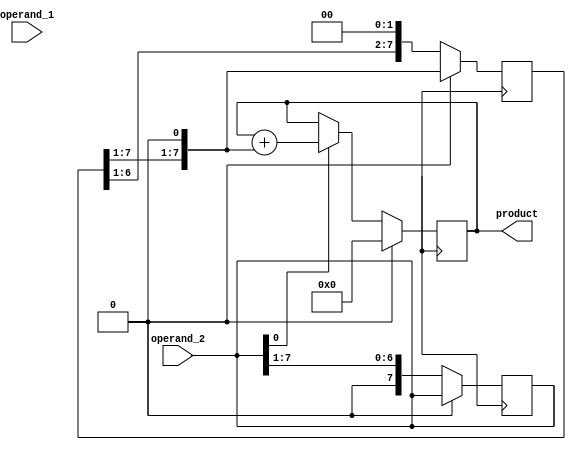
module shift_and_add_multiplier(
    input [7:0] operand_1,
    input [7:0] operand_2,
    output reg [15:0] product
);

reg [15:0] accumulator;
reg [7:0] shifted_operand_1;

always @(*) begin
    shifted_operand_1 = operand_1 << 1; // shift operand_1 by 1 bit
end

always @(posedge clk) begin
    if (reset) begin
        accumulator <= 16'd0; // reset accumulator
    end else begin
        if (operand_2[0]) // add shifted operand_1 to accumulator if bit of operand_2 is 1
            accumulator <= accumulator + shifted_operand_1;
        shifted_operand_1 <= shifted_operand_1 << 1; // shift operand_1 by 1 bit
        operand_2 <= operand_2 >> 1; // shift operand_2 by 1 bit
    end
end

assign product = accumulator;

endmodule